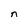
Character: n